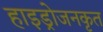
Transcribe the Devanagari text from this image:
हाइड्रोजनकृत